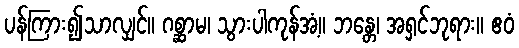
ပန်ကြား၍သာလျှင်။ ဂစ္ဆာမ၊ သွားပါကုန်အံ့။ ဘန္တေ၊ အရှင်ဘုရား။ ဧဝံ